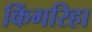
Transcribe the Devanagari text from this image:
किंगरिहा